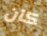
كان